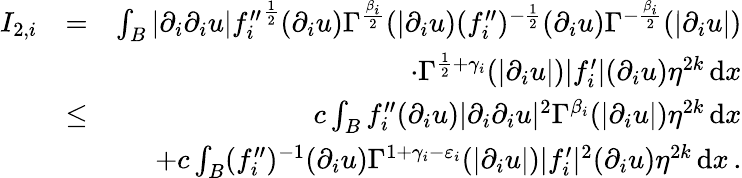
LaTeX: \begin{array}{rlr}{I_{2,i}}&{=}&{\int_{B}|\partial_{i}\partial_{i}u|{f_{i}^{\prime\prime}}^{\frac{1}{2}}(\partial_{i}u)\Gamma^{\frac{\beta_{i}}{2}}(|\partial_{i}u)(f_{i}^{\prime\prime})^{-\frac{1}{2}}(\partial_{i}u)\Gamma^{-\frac{\beta_{i}}{2}}(|\partial_{i}u|)}\\ &{}&{\quad\cdot\Gamma^{\frac{1}{2}+\gamma_{i}}(|\partial_{i}u|)|f_{i}^{\prime}|(\partial_{i}u)\eta^{2k}\, \mathrm{d}x}\\ &{\leq}&{c\int_{B}{f_{i}^{\prime\prime}}(\partial_{i}u)|\partial_{i}\partial_{i}u|^{2}\Gamma^{\beta_{i}}(|\partial_{i}u|)\eta^{2k}\, \mathrm{d}x}\\ &{}&{+c\int_{B}(f_{i}^{\prime\prime})^{-1}(\partial_{i}u)\Gamma^{1+\gamma_{i}-\varepsilon_{i}}(|\partial_{i}u|)|f_{i}^{\prime}|^{2}(\partial_{i}u)\eta^{2k}\, \mathrm{d}x\, .}\end{array}